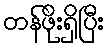
တန်ဖိုးရှိပြီး